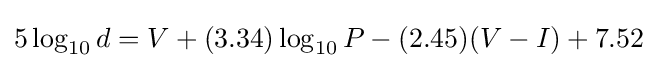
5\log _{10}{d}=V+(3.34)\log _{10}{P}-(2.45)(V-I)+7.52